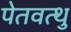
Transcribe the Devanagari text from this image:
पेतवत्थु